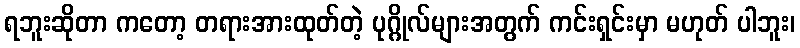
ရဘူးဆိုတာ ကတော့ တရားအားထုတ်တဲ့ ပုဂ္ဂိုလ်များအတွက် ကင်းရှင်းမှာ မဟုတ် ပါဘူး၊